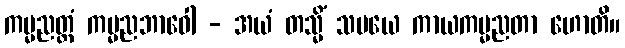
ကမ္မညတ္တံ ကမ္မညဘာဝေါ - အယံ တသ္မိံ သမယေ ကာယကမ္မညတာ ဟောတိ။